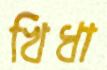
খিধা